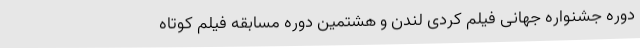
دوره جشنواره جهانی فيلم کُردی لندن و هشتمين دوره مسابقه فيلم کوتاه